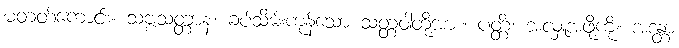
မတတ်ကောင်း။ သဗ္ဗသတ္တာနံ၊ ခပ်သိမ်းကုန်သော သတ္တဝါတို့အား။ ပတ္တိံ၊ အလှူအဖို့ကို။ အဒန္တာ